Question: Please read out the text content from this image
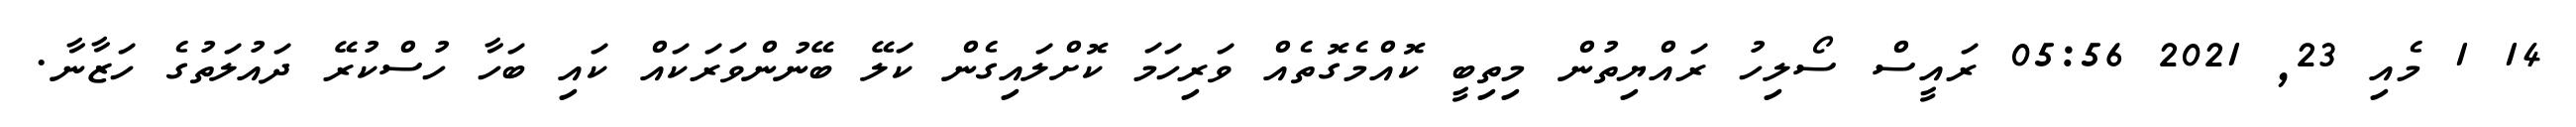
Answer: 14 1 މެއި 23, 2021 05:56 ރައީސް ސޯލިހު ރައްޔިތުން މިތިބީ ކޮއްމެގޮތެއް ވަރިހަމަ ކޮށްލައިގެން ކަލޭ ބޭނުންވަރަކައް ކައި ބަހާ ހުސްކުރޭ ދައުލަތުގެ ހަޒާނާ.